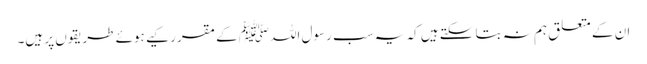
ان کے متعلق ہم نہ بتا سکتے ہیں کہ یہ سب رسول اللہﷺ کے مقرر کیے ہوئے طریقوں پر ہیں۔